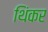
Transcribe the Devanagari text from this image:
थिंकर